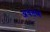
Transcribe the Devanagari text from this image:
अवतण